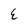
Character: E